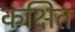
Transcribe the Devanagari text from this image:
कक्षित